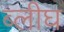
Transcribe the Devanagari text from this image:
ब्लीघ